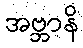
အဗ္ဘာနိ